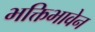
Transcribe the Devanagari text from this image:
भक्तिभावेन